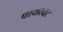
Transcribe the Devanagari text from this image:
पाथरवट